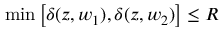
{ \operatorname* { m i n } \left[ \delta ( z , w _ { 1 } ) , \delta ( z , w _ { 2 } ) \right] \leq R }